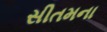
સીતમના